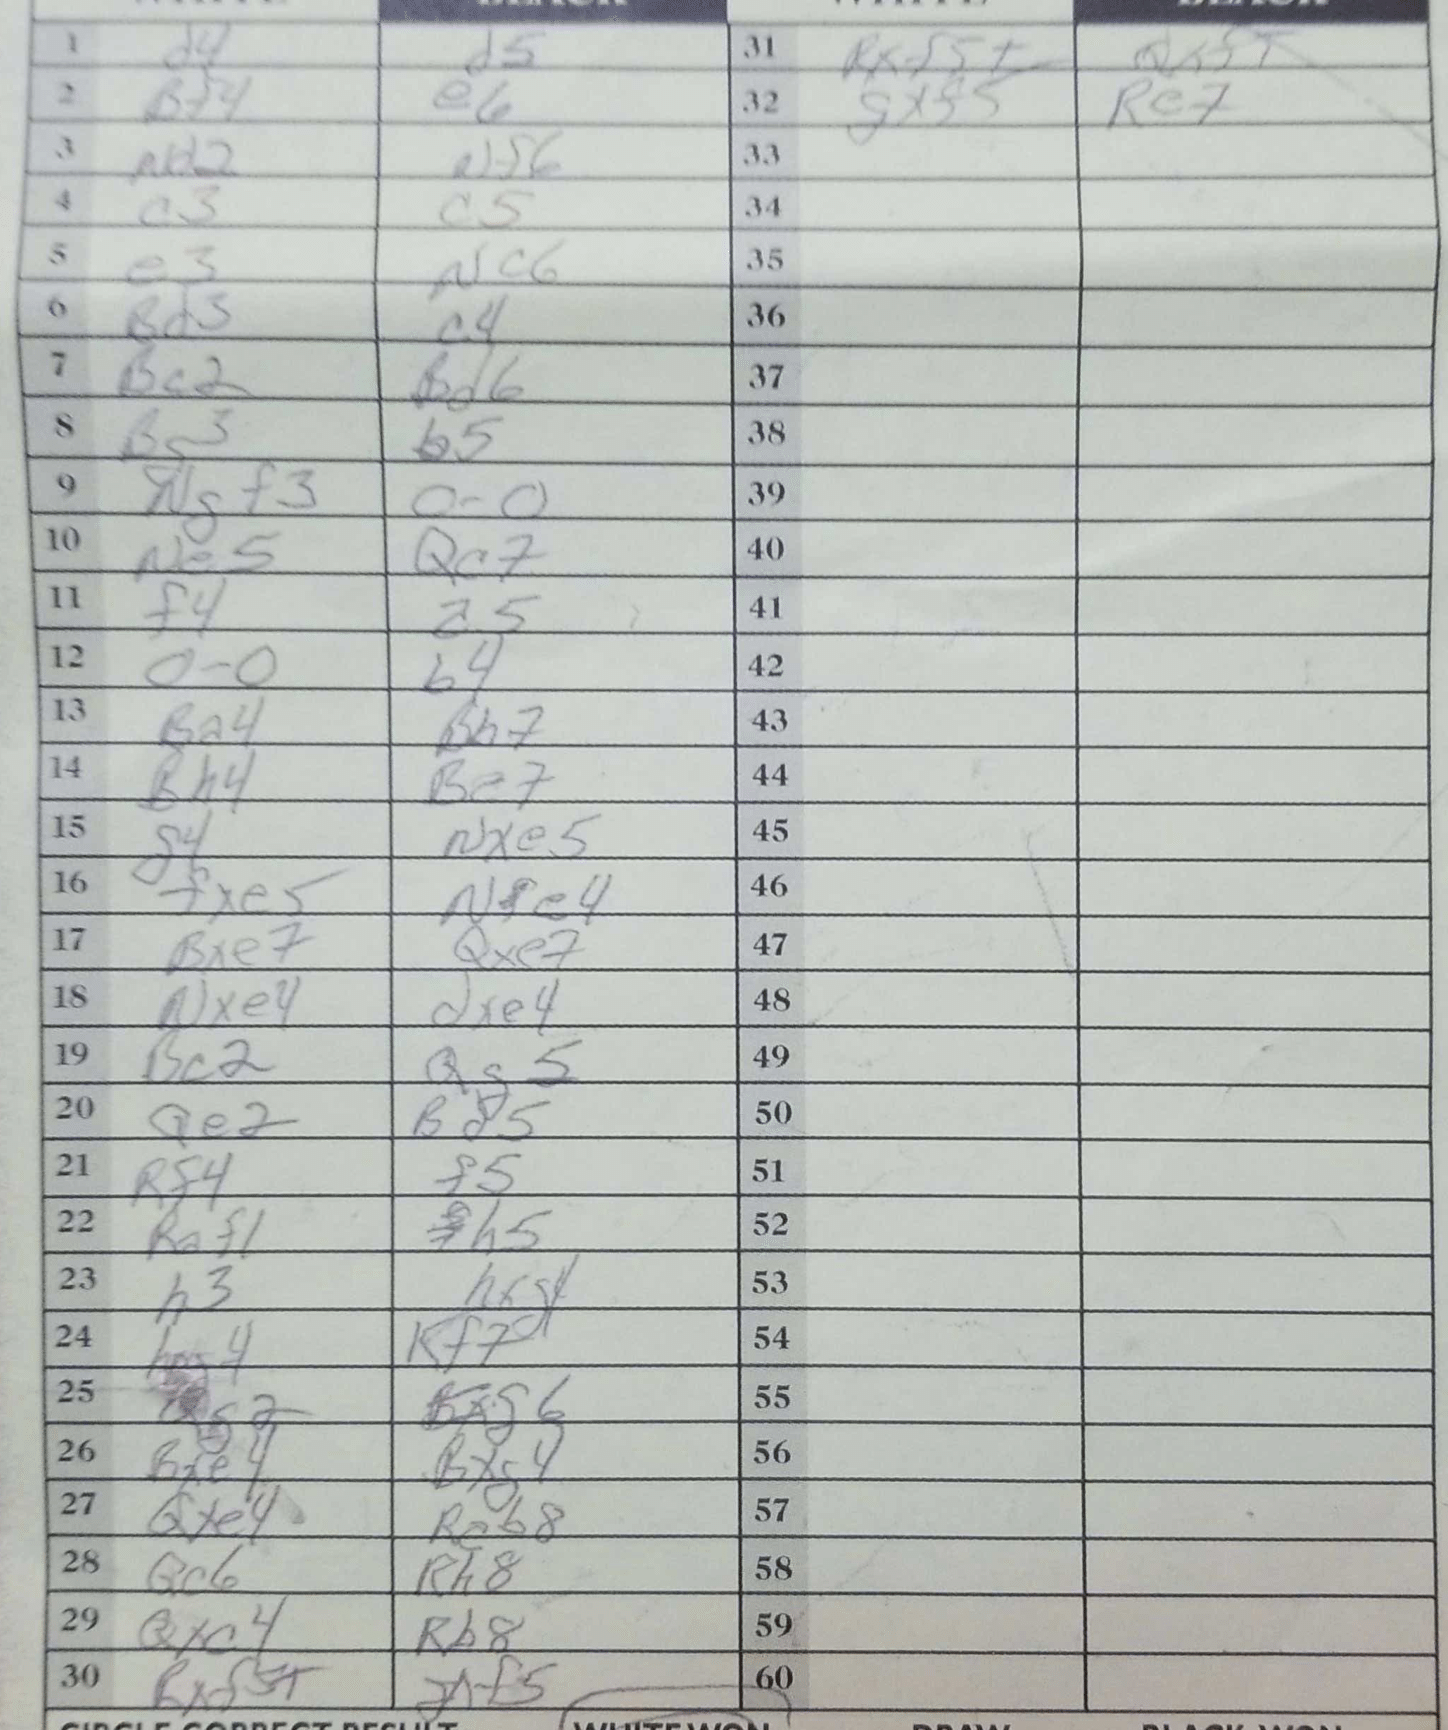
Moves: d4 d5 Bf4 e6 Nd2 Nf6 c3 c5 e3 Nc6 Bd3 c4 Bc2 Bd6 Bg3 b5 Ngf3 O-O Ne5 Qc7 f4 a5 O-O b4 Ba4 Bh7 Bh4 Be7 g4 Nxe5 fxe5 Nfe4 Bxe7 Qxe7 Nxe4 dxe4 Bc2 Qg5 Qe2 Bd5 Rf4 f5 Raf1 h5 h3 hxg4 h4 Kf7 Qg2 Bxg6 Bxe4 Bxg4 Qxe4 Reb8 Qc6 Rh8 Qxc4 Rb8 Rxd5+ dxf5 Rxf5+ Qxf5 gxf5 Re7